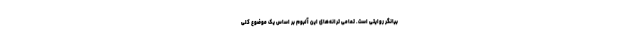
بیانگر روایتی است. تمامی ترانه‌های این آلبوم بر اساس یک موضوع کلی